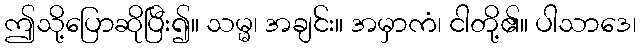
ဤသို့ပြောဆိုပြီး၍။ သမ္မ၊ အချင်း။ အမှာကံ၊ ငါတို့၏။ ပါသာဒေ၊